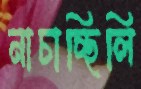
নাচাচ্ছিলি